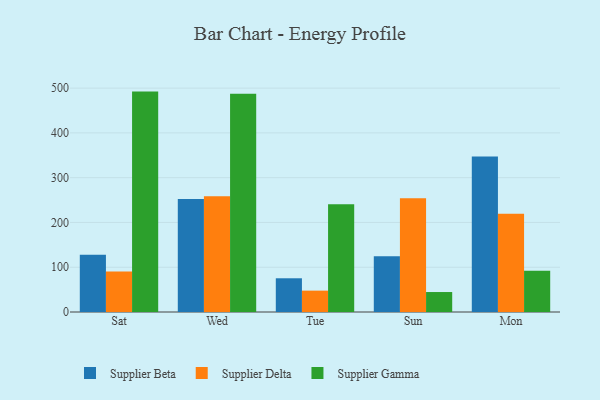
{"axis": {"x": "Day", "y": "Headcount"}, "legend": ["Supplier Beta", "Supplier Delta", "Supplier Gamma"], "data": [{"x": "Sat", "y": 127.9, "type": "Supplier Beta"}, {"x": "Sat", "y": 90.3, "type": "Supplier Delta"}, {"x": "Sat", "y": 492.2, "type": "Supplier Gamma"}, {"x": "Wed", "y": 252.4, "type": "Supplier Beta"}, {"x": "Wed", "y": 258.3, "type": "Supplier Delta"}, {"x": "Wed", "y": 487.3, "type": "Supplier Gamma"}, {"x": "Tue", "y": 75.3, "type": "Supplier Beta"}, {"x": "Tue", "y": 47.7, "type": "Supplier Delta"}, {"x": "Tue", "y": 240.6, "type": "Supplier Gamma"}, {"x": "Sun", "y": 124.3, "type": "Supplier Beta"}, {"x": "Sun", "y": 253.8, "type": "Supplier Delta"}, {"x": "Sun", "y": 44.6, "type": "Supplier Gamma"}, {"x": "Mon", "y": 347.4, "type": "Supplier Beta"}, {"x": "Mon", "y": 219.3, "type": "Supplier Delta"}, {"x": "Mon", "y": 92.2, "type": "Supplier Gamma"}]}